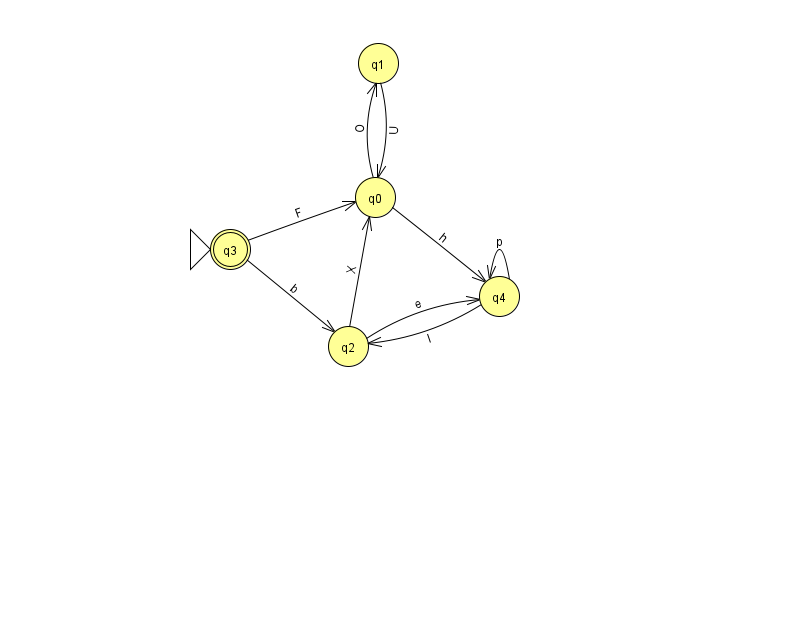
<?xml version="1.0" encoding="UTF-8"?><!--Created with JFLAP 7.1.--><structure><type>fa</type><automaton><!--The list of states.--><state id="0" name="q0"><x>375.0</x><y>184.0</y></state><state id="1" name="q1"><x>378.0</x><y>50.0</y></state><state id="2" name="q2"><x>348.0</x><y>333.0</y></state><state id="3" name="q3"><x>230.0</x><y>236.0</y><initial/><final/></state><state id="4" name="q4"><x>499.0</x><y>283.0</y></state><!--The list of transitions.--><transition><from>0</from><to>1</to><read>O</read></transition><transition><from>4</from><to>4</to><read>p</read></transition><transition><from>3</from><to>2</to><read>b</read></transition><transition><from>0</from><to>4</to><read>h</read></transition><transition><from>2</from><to>0</to><read>X</read></transition><transition><from>2</from><to>4</to><read>e</read></transition><transition><from>3</from><to>0</to><read>F</read></transition><transition><from>1</from><to>0</to><read>U</read></transition><transition><from>4</from><to>2</to><read>l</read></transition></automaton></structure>